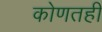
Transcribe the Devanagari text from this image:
कोणतही